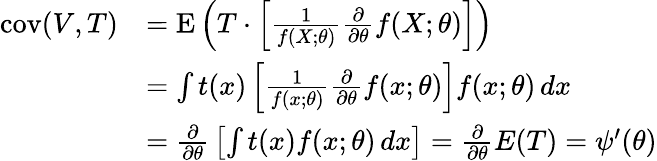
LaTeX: {\begin{array}{rl}{\operatorname{cov}(V,T)}&{=\operatorname{E}\left(T\cdot\left[{\frac{1}{f(X;\theta)}}{\frac{\partial}{\partial\theta}}f(X;\theta)\right]\right)}\\ &{=\int t(x)\left[{\frac{1}{f(x;\theta)}}{\frac{\partial}{\partial\theta}}f(x;\theta)\right]f(x;\theta)\, dx}\\ &{={\frac{\partial}{\partial\theta}}\left[\int t(x)f(x;\theta)\, dx\right]={\frac{\partial}{\partial\theta}}E(T)=\psi^{\prime}(\theta)}\end{array}}